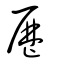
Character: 歷